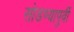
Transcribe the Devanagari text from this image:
सोडण्यापुर्वी